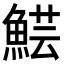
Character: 𩸜